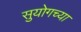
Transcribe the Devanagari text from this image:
सुयोगच्या